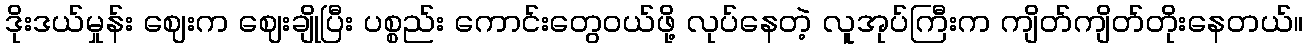
ဒိုးဒယ်မှုန်း ဈေးက ဈေးချိုပြီး ပစ္စည်း ကောင်းတွေဝယ်ဖို့ လုပ်နေတဲ့ လူအုပ်ကြီးက ကျိတ်ကျိတ်တိုးနေတယ်။